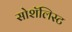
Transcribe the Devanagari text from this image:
सोशॅलिस्ट